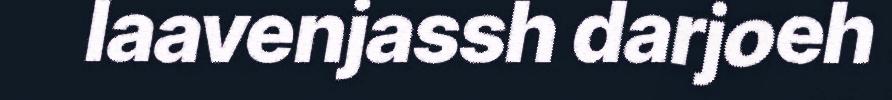
laavenjassh darjoeh